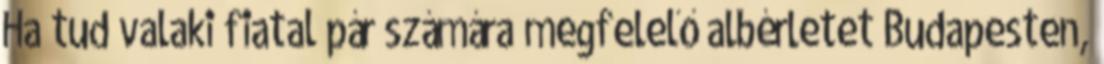
Ha tud valaki fiatal pár számára megfelelő albérletet Budapesten,